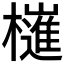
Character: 𣝤